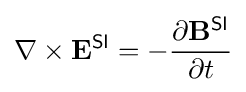
\nabla \times \mathbf {E} ^{\textsf {SI}}=-{\frac {\partial \mathbf {B} ^{\textsf {SI}}}{\partial t}}